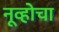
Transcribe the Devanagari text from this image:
नूव्होचा